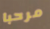
مرحبا